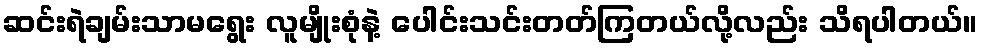
ဆင်းရဲချမ်းသာမရွေး လူမျိုးစုံနဲ့ ပေါင်းသင်းတတ်ကြတယ်လို့လည်း သိရပါတယ်။